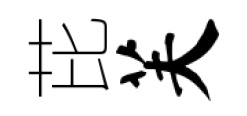
芘芙